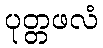
ပုတ္တဖလံ